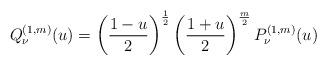
LaTeX: \begin{align*}Q^{(1,m)}_\nu(u)=\left(\frac{1-u}{2}\right)^{\frac{1}{2}}\left(\frac{1+u}{2}\right)^{\frac{m}{2}}P^{(1,m)}_\nu(u)\end{align*}